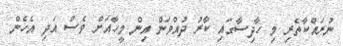
ނުރައްކާތެރި މި ހާދިސާގައި ކާރު ދުއްވަން އިން މީހާއަށް ވެސް އަދި އެހެން